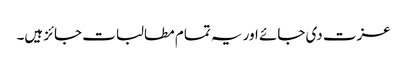
عزت دی جائے اور یہ تمام مطالبات جائز ہیں۔